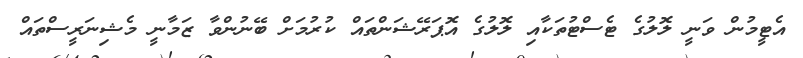
އެޓީމުން ވަނީ ލޮލުގެ ޓެސްޓުތަކާއި ލޮލުގެ އޮޕަރޭޝަންތައް ކުރުމަށް ބޭނުންވާ ޒަމާނީ މެޝިނަރީސްތައް